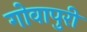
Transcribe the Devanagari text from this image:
गोवापुरी